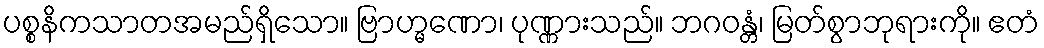
ပစ္စနိကသာတအမည်ရှိသော။ ဗြာဟ္မဏော၊ ပုဏ္ဏားသည်။ ဘဂဝန္တံ၊ မြတ်စွာဘုရားကို။ ဧတံ